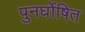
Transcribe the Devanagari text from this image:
पुनर्घोषित